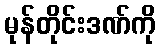
မုန်တိုင်းဒဏ်ကို